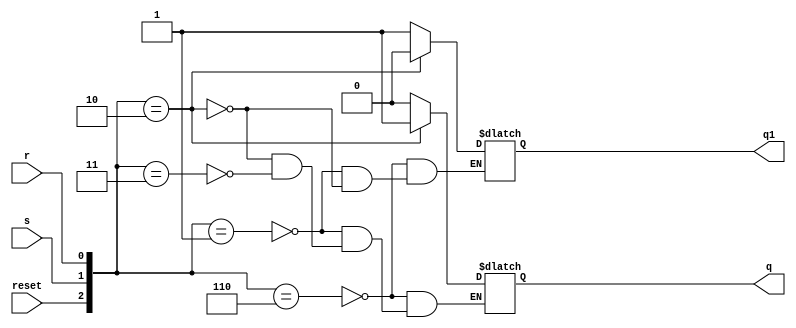
module srLatch(r,s,reset,q,q1);
	input r,s,reset;
	output q,q1; 
	reg q,q1;
	initial
	begin
		q=1'b0;
		q1=1'b1;
	end
	always @(reset, s, r)
	  begin
	  case({reset, s, r})
	     {1'b1, 1'b1, 1'b0}: begin q=1'b0; q1=1'b1; end//if reset passed clear the register
		 {1'b0, 1'b0, 1'b0}: begin q=q; q1=q1; end
		 {1'b0, 1'b0, 1'b1}: begin q=1'b0; q1=1'b1; end
		 {1'b0, 1'b1, 1'b0}: begin q=1'b1; q1=1'b0; end
		 {1'b0, 1'b1, 1'b1}: begin q=1'bx; q=1'bx; end
	endcase
	end
endmodule